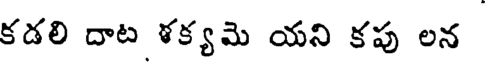
కడలి దాట ళక్యమె యని కపు లన